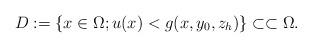
LaTeX: \begin{align*} D := \{x \in \Omega;u(x) < g(x,y_0,z_h) \} \subset\subset \Omega.\end{align*}